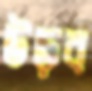
উড়ব